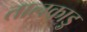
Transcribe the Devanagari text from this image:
तालकाड़ु